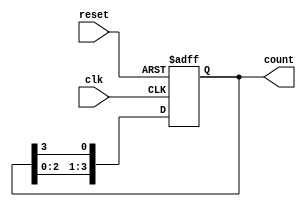
module ring_counter (
    input wire clk,          // Clock signal
    input wire reset,        // Asynchronous reset signal
    output reg [N-1:0] count // Output state of the ring counter
);
    parameter N = 4; // Number of flip-flops in the ring counter

    // Initialize the count on reset
    always @(posedge clk or posedge reset) begin
        if (reset) begin
            // Initialize the counter to a known state (e.g., 0001)
            count <= 1'b1;
        end else begin
            // Shift the '1' through the flip-flops
            count <= {count[N-2:0], count[N-1]}; // Shift left and wrap around
        end
    end

endmodule